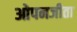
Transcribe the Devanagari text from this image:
ओपनजीता